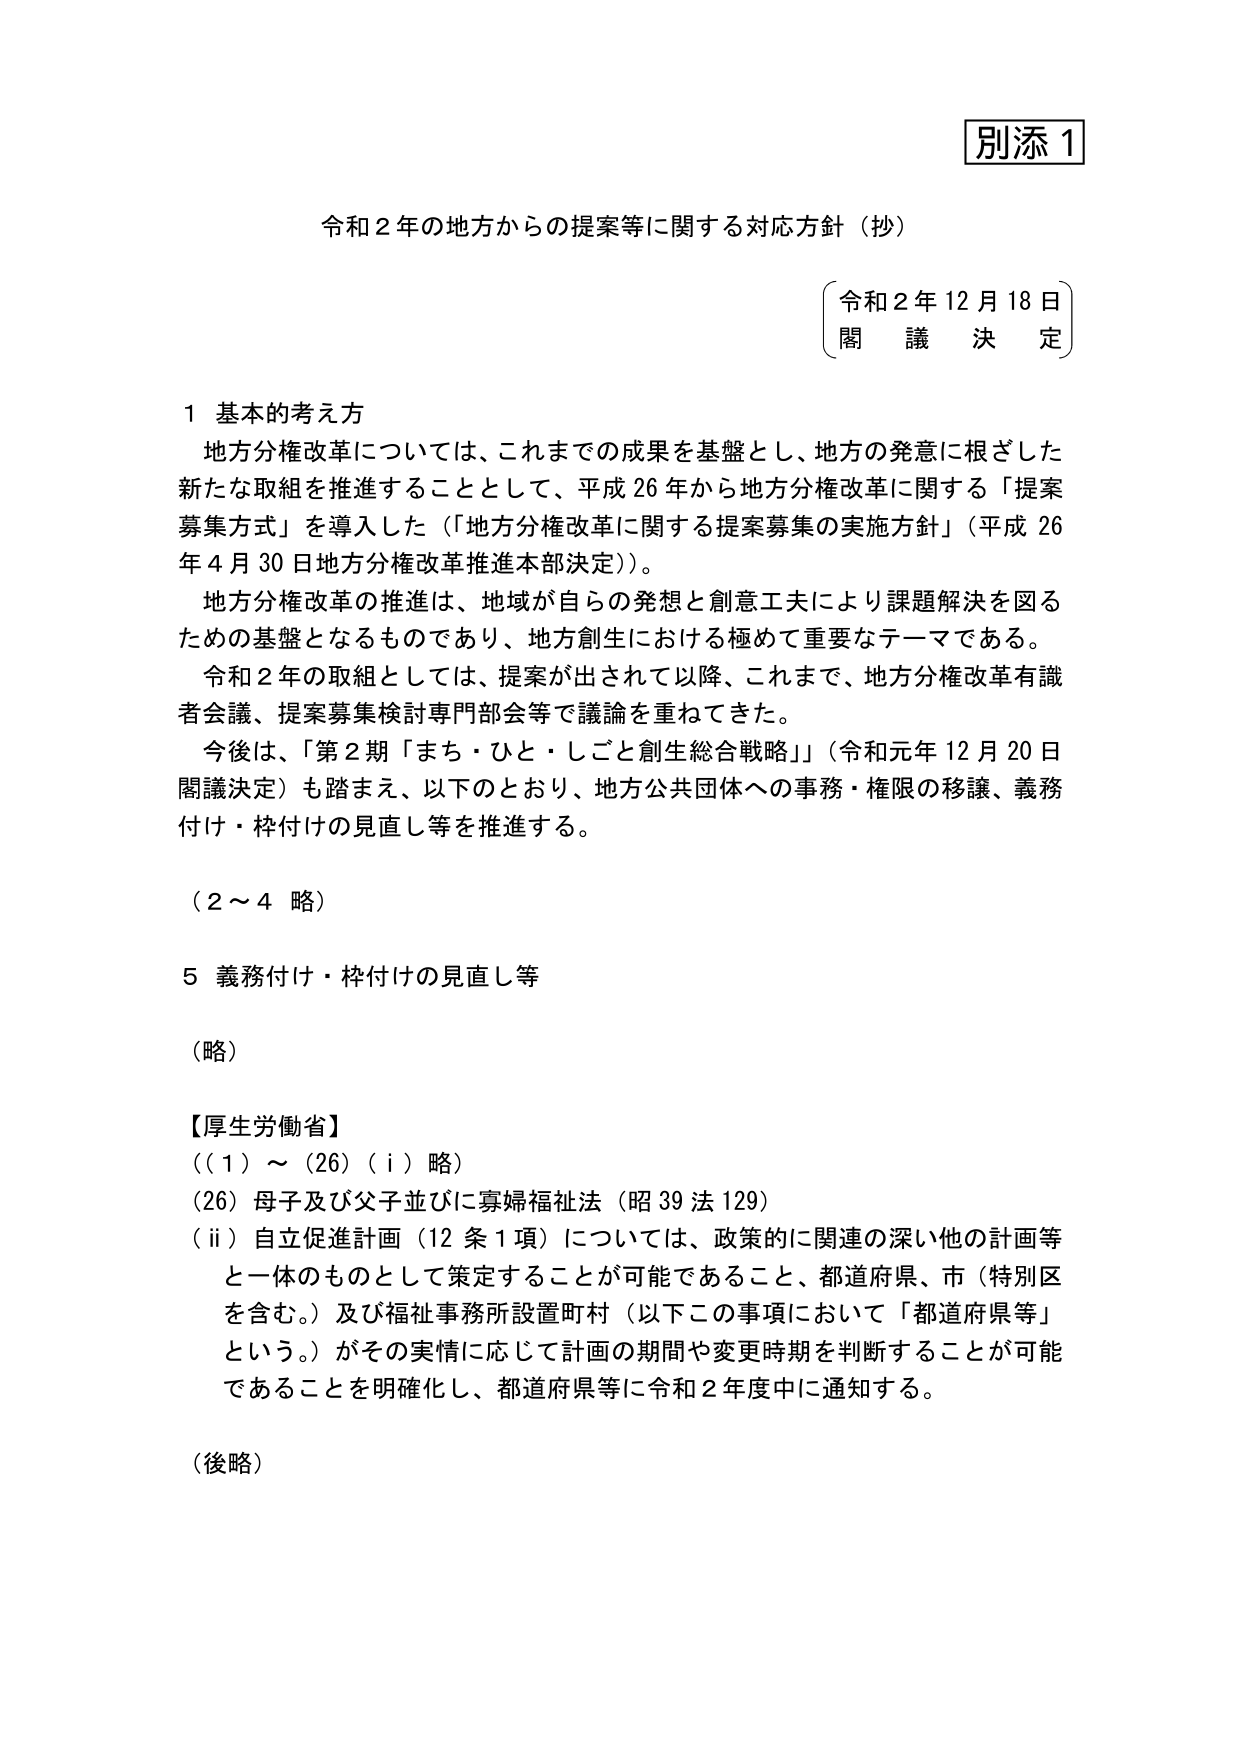
別添１

令和２年の地方からの提案等に関する対応方針（抄）

（令和２年１２月１８日）
閣 議 決 定

１ 基本的考え方
　地方分権改革については、これまでの成果を基盤とし、地方の発意に根ざした
新たな取組を推進することとして、平成２６年から地方分権改革に関する「提案
募集方式」を導入した（「地方分権改革に関する提案募集の実施方針」（平成２６
年４月３０日地方分権改革推進本部決定））。
　地方分権改革の推進は、地域が自らの発想と創意工夫により課題解決を図る
ための基盤となるものであり、地方創生における極めて重要なテーマである。
　令和２年の取組としては、提案が出されて以降、これまで、地方分権改革有識
者会議、提案募集検討専門部会等で議論を重ねてきた。
　今後は、「第２期「まち・ひと・しごと創生総合戦略」（令和元年１２月２０日
閣議決定）も踏まえ、以下のとおり、地方公共団体への事務・権限の移譲、義務
付け・枠付けの見直し等を推進する。

（２～４ 略）

５ 義務付け・枠付けの見直し等

（略）

【厚生労働省】
（（１）～（26）（ⅰ）略）
（26）母子及び父子並びに寡婦福祉法（昭３９法１２９）
　（ⅱ）自立促進計画（12条1項）については、政策的に関連の深い他の計画等
と一体のものとして策定することが可能であること、都道府県、市（特別区
を含む。）及び福祉事務所設置町村（以下この事項において「都道府県等」
という。）がその実情に応じて計画の期間や変更時期を判断することが可能
であることを明確化し、都道府県等に令和２年度中に通知する。

（後略）